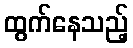
ထွက်နေသည့်